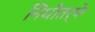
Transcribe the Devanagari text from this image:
निधीतर्फे